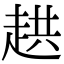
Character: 𮚸